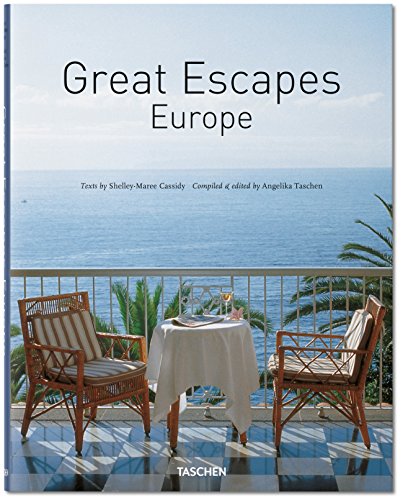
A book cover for Great Escapes Europe: Updated Edition; Shelley-Maree Cassidy; Travel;